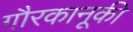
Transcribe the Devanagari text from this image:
गौरकानूकी